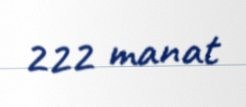
222 manat